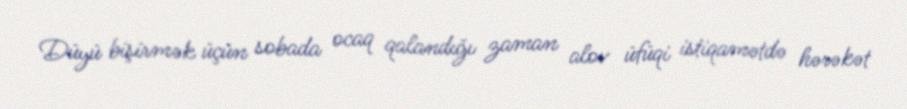
Düyü bişirmək üçün sobada ocaq qalandığı zaman alov üfüqi istiqamətdə hərəkət